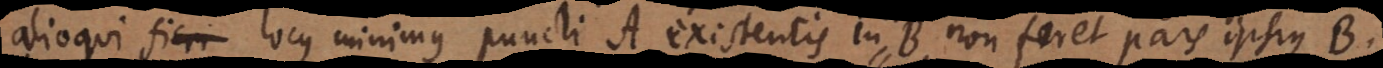
alioqui locus minimus puncti A existentis in B, non foret pars ipsius B.